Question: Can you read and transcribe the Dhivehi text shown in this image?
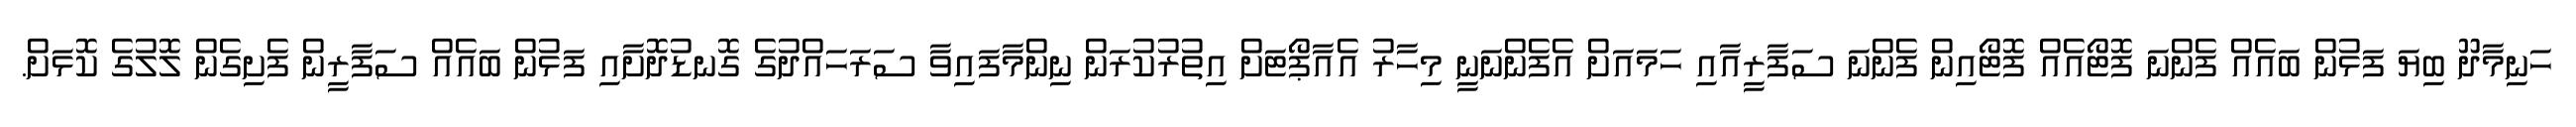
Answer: ހަނިމާދޫ ބިޔަ ފަޅުން ބައެއް ފެންނަ ފޮޓޯއެއް ފޮޓޯއިން ފެންނަ ސަފާރީއާއި ހަމައަށް އެފެންނަނީ މިހާރު އެއާޕޯޓަށް އިތުރުކުރަން ނިންމާފައިވާ ސަރަހައްދުގެ ގޮނޑުދޮށާއި ފަޅުން ބައެއް ސަފާރީން ފެށިގެން ލޮލުގެ ކޮޅަށް.